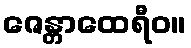
ဇေန္တာထေရီဝ။